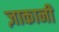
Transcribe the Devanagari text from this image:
ज़ाकानी